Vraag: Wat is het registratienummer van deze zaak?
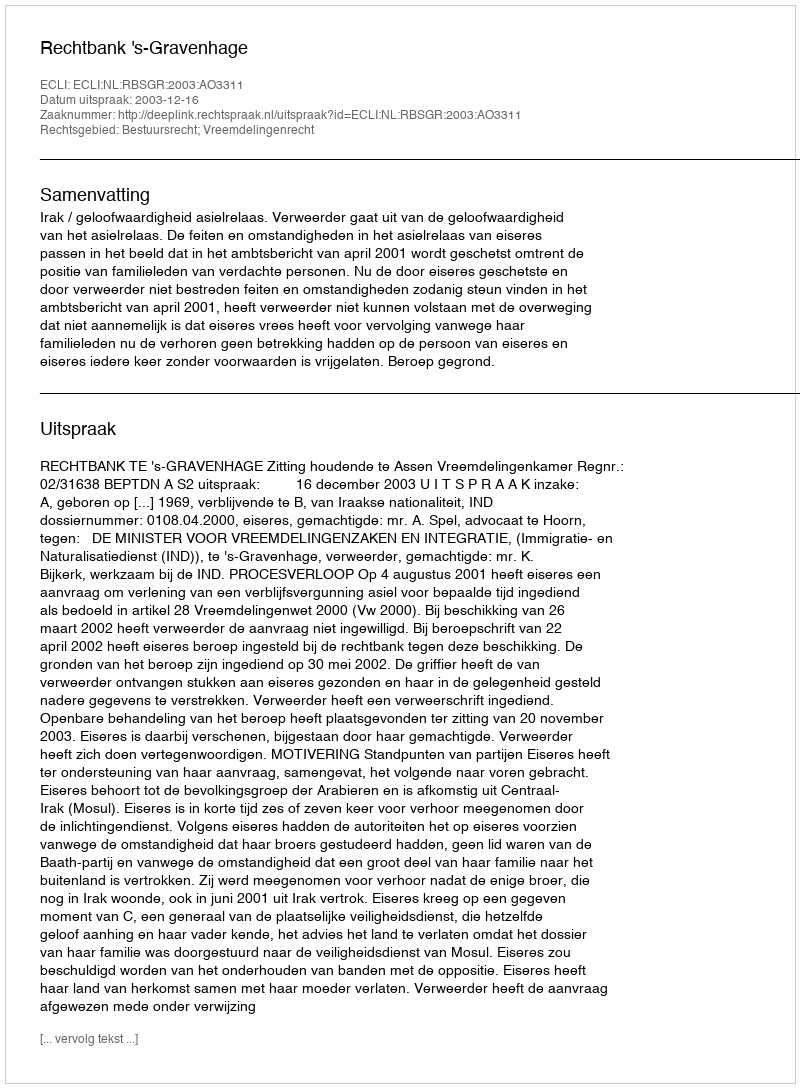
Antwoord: http://deeplink.rechtspraak.nl/uitspraak?id=ECLI:NL:RBSGR:2003:AO3311